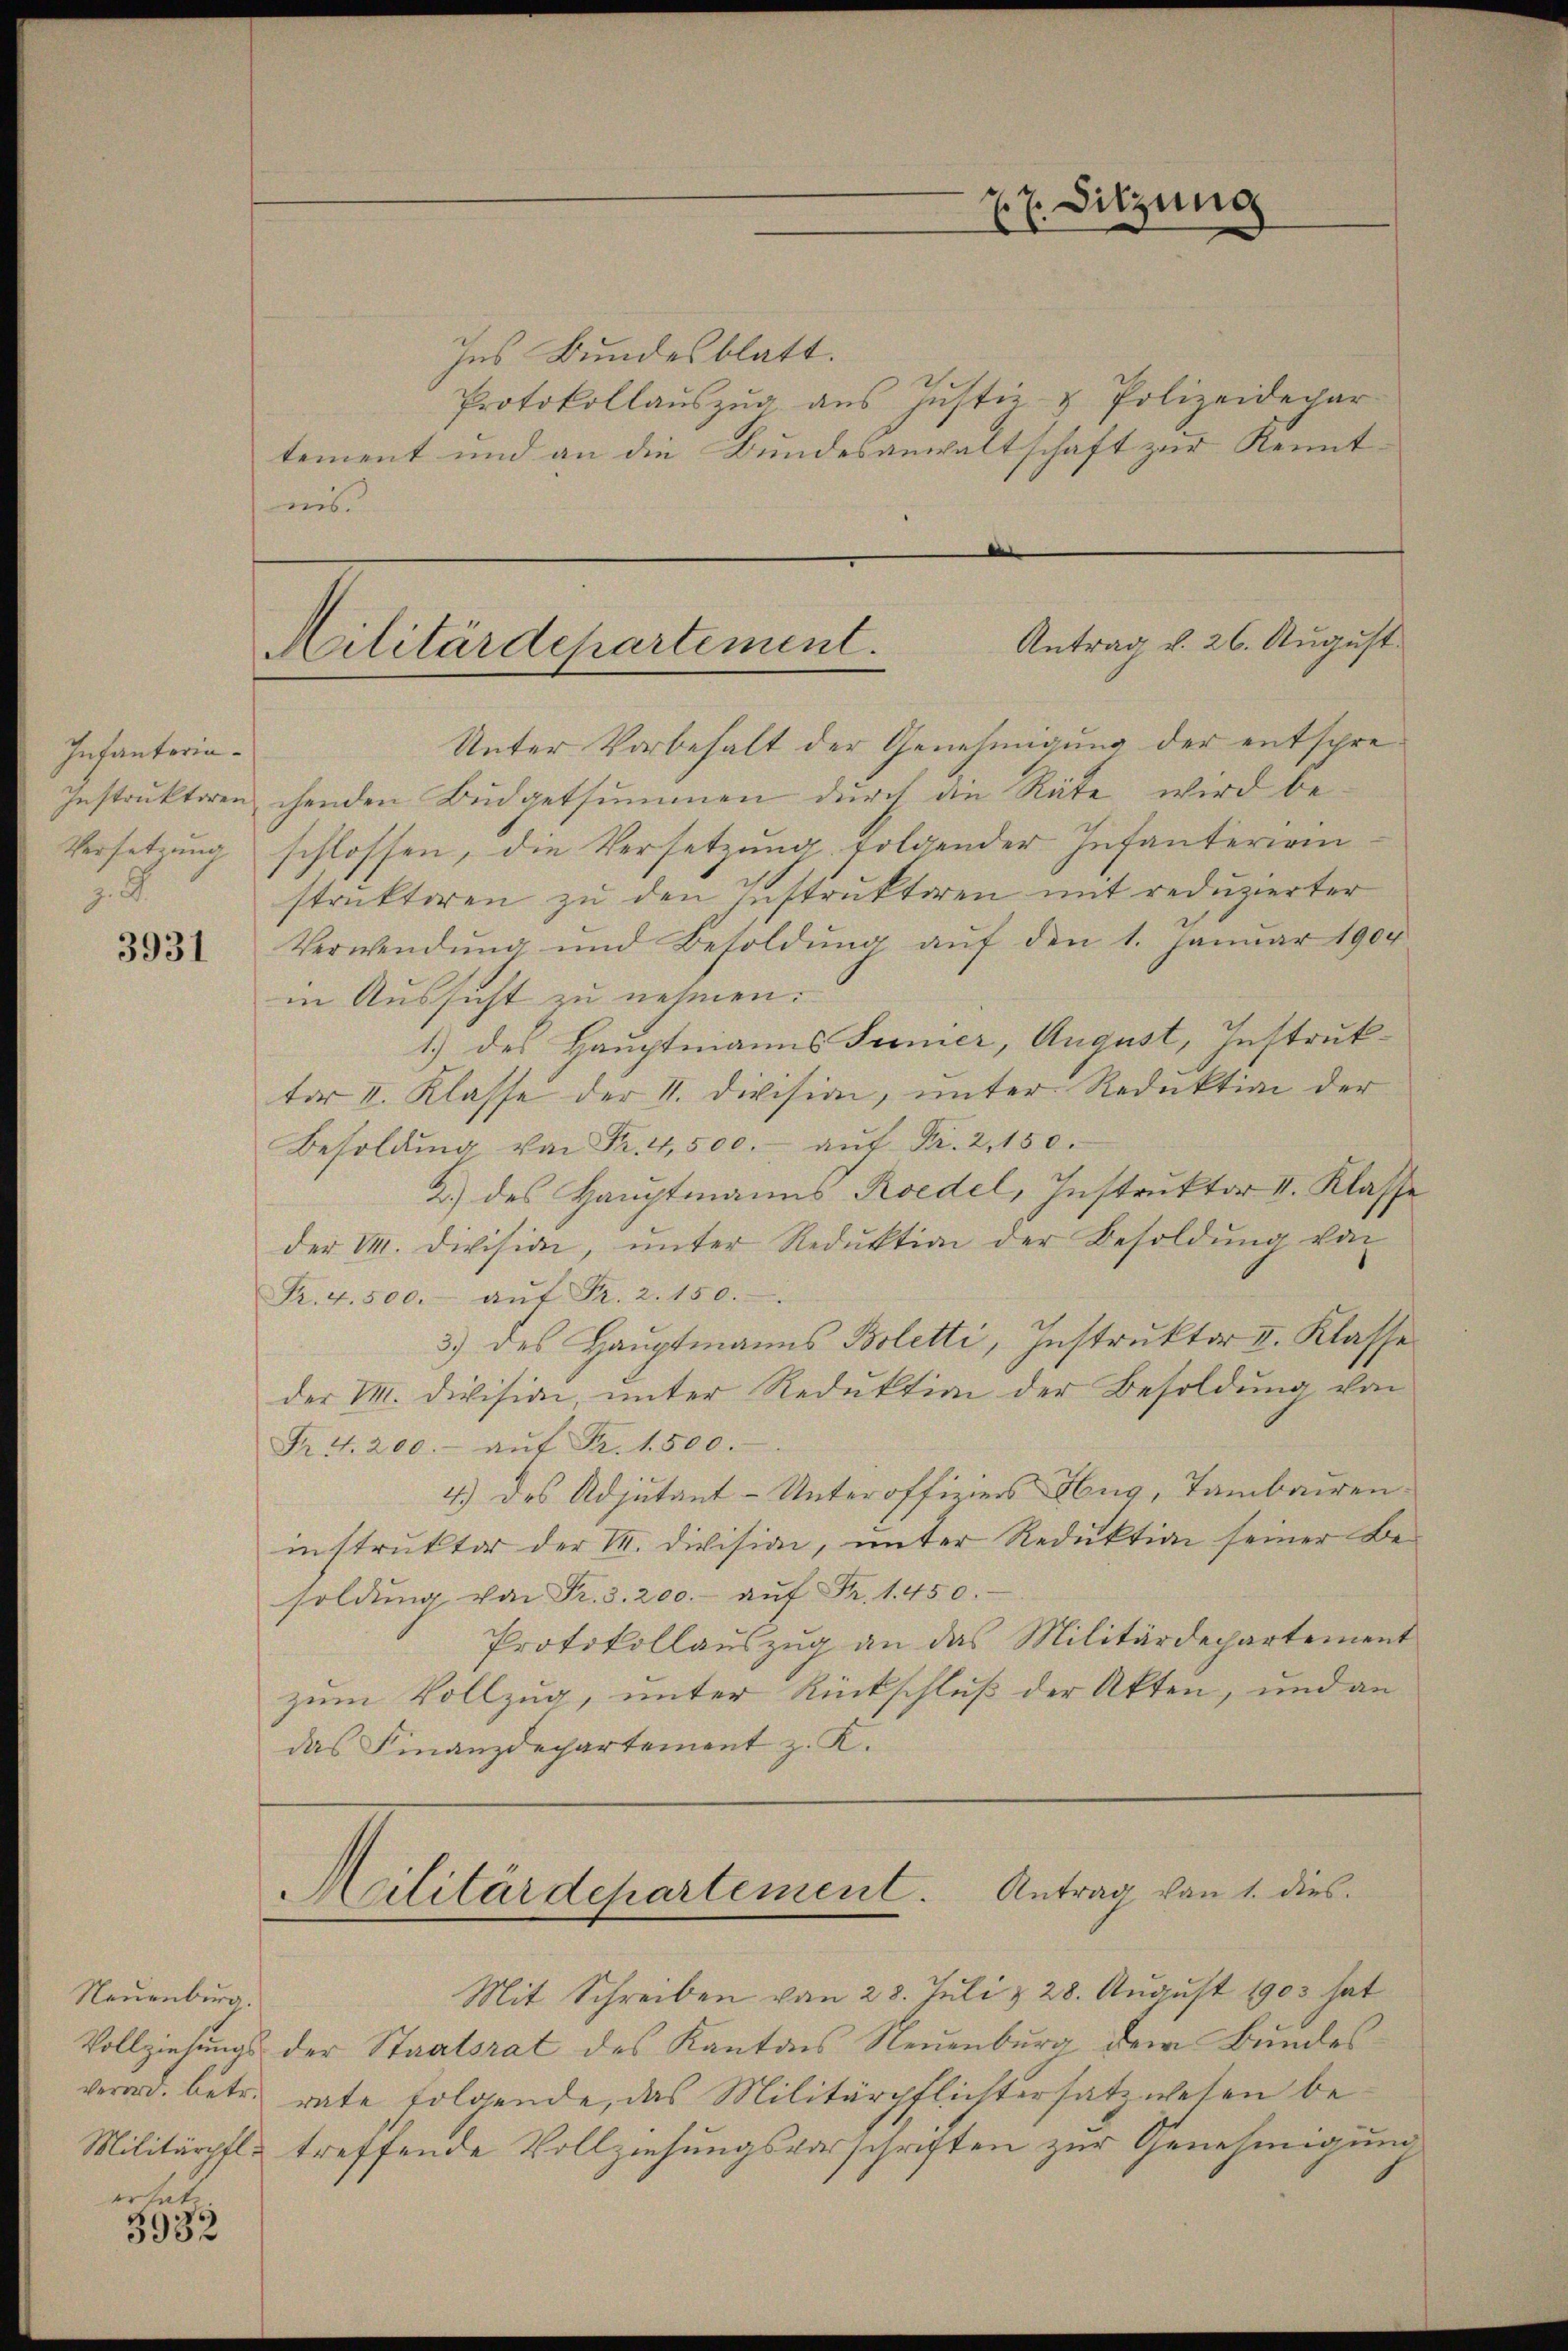
Infanteria¬
Instruktoren
Versetzung
.9

3931

Neuenburg.

wit
3932

Ins Bundesblatt.
Protokollauszug aus Justiz & Polizeidepar
tement und an die Bundesanwaltschaft zur Kenntnis

. 7. Sitzung

Antrag v. 26. August.
Militärdepartement.

Unter Vorbehalt der Genehmigung der entsprechenden Büdgetsummen durch die Rüte wird be-
schlossen, die Versetzung folgender Infanterrinstruktoren zu den Instruktoren mit reduzierter
Verwendung und Besoldŭng aŭf den 1. Januar 1904
in Aussicht zu nehmen.
1.) des Hauptmanns Junier, August, Instrukter II. Klasse der V. Division, unter Reduktion der
Besoldŭng von Fr. 4,500.- aŭf Fr. 2, 150.
2.) des Hauptmanns Roedel, Instruktor II. Klasse
der I. Division, ŭnter Reduktion der Besoldŭng von
Fr. 4.500.- aŭf Fr. 2. 150.
3) des Hauptmanns Boletti, Instruktor II. Klasse
der M. Division, unter Reduktion der Besoldung von
Fr. 4. 200.- aŭf Fr. 1500.
4.) des Adjutant- Unteroffiziers Hug, Tambauren
instruktor der II. Division, unter Reduktion seiner Be-
soldŭng von Fr. 3. 200.- aŭf Fr. 1450.
Protokollauszug an das Militärdepartement
zum Vollzug, unter Rückschluß der Akten, und an
das Finanzdepartement z. K.

Militärdepartement. Antrag von 1. dies

Mit Schreiben von 28. Juli & 28. August 1903 hat
Vollziehungs der Staatsrat des Kantons Neuenburg dem Bundesverard, betr. rate folgende, das Militärpflichtersatzwesen be¬
Militärpfl. treffende Vollziehungsvorschriften zur Genehmigung